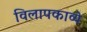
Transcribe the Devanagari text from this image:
विलापकाव्ये